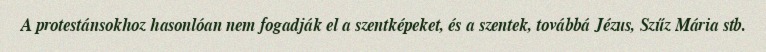
A protestánsokhoz hasonlóan nem fogadják el a szentképeket, és a szentek, továbbá Jézus, Szűz Mária stb.